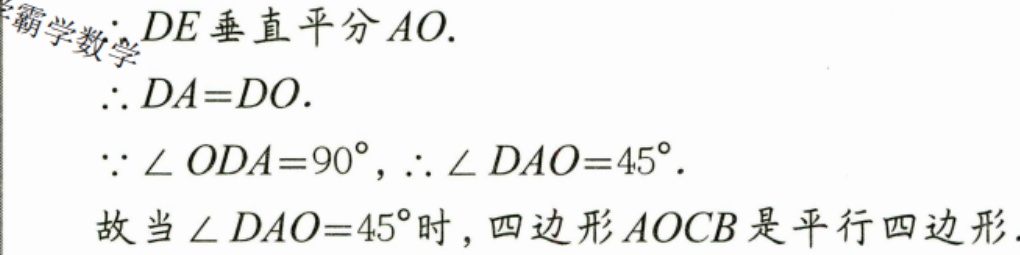
$\because DE$垂直平分$AO.$
$\therefore DA = DO.$
$\because\angle ODA = 90^{\circ},\therefore\angle DAO = 45^{\circ}.$
故当$\angle DAO = 45^{\circ}$时，四边形$AOCB$是平行四边形.